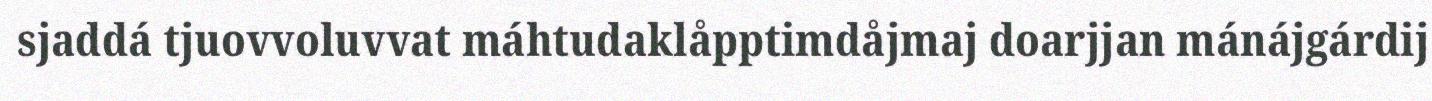
sjaddá tjuovvoluvvat máhtudaklåpptimdåjmaj doarjjan mánájgárdij